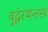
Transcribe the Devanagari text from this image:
बुद्धेरप्यन्तस्थं